Vaccination returns of the Province of Eastern Bengal and Assam - 1905-1912
Year: 1905
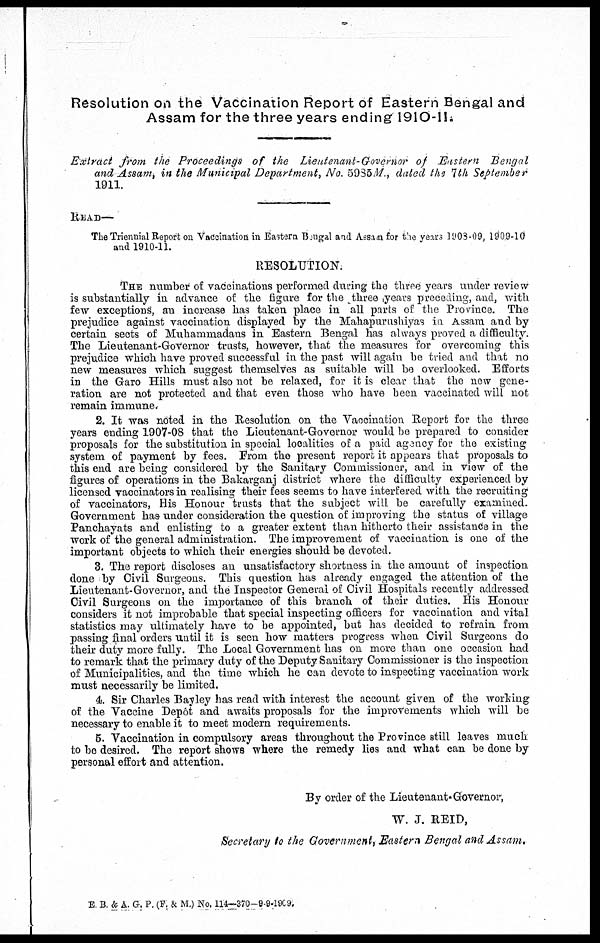
Resolution on the Vaccination Report of Eastern Bengal and
Assam for the three years ending 1910-11.
Extract from the Proceedings of the Lieutenant-Governor of Eastern Bengal
and Assam, in the Municipal Department, No. 5935M., dated the 7th September
1911.
READ—
The Triennial Report on Vaccination in Eastern Bengal and Assam for the years 1909-09, 1909-10
and 1910-11.
RESOLUTION.
THE number of vaccinations performed during the three years under review
is substantially in advance of the figure for the three years preceding, and, with
few exceptions, an increase has taken place in all parts of the Province. The
prejudice against vaccination displayed by the Mahapurushiyas in Assam and by
certain sects of Muhammadans in Eastern Bengal has always proved a difficulty.
The Lieutenant-Governor trusts, however, that the measures for overcoming this
prejudice which have proved successful in the past will again be tried and that no
new measures which suggest themselves as suitable will be overlooked. Efforts
in the Garo Hills must also not be relaxed, for it is clear that the new gene-
ration are not protected and that even those who have been vaccinated will not
remain immune.
2. It was noted in the Resolution on the Vaccination Report for the three
years ending 1907-08 that the Lieutenant-Governor would be prepared to consider
proposals for the substitution in special localities of a paid agency for the existing
system of payment by fees. From the present report it appears that proposals to
this end are being considered by the Sanitary Commissioner, and in view of the
figures of operations in the Bakarganj district where the difficulty experienced by
licensed vaccinators in realising their fees seems to have interfered with the recruiting
of vaccinators, His Honour trusts that the subject will be carefully examined.
Government has under consideration the question of improving the status of village
Panchayats and enlisting to a greater extent than hitherto their assistance in the
work of the general administration. The improvement of vaccination is one of the
important objects to which their energies should be devoted.
3. The report discloses an unsatisfactory shortness in the amount of inspection
done by Civil Surgeons. This question has already engaged the attention of the
Lieutenant-Governor, and the Inspector General of Civil Hospitals recently addressed
Civil Surgeons on the importance of this branch of their duties. His Honour
considers it not improbable that special inspecting officers for vaccination and vital
statistics may ultimately have to be appointed, but has decided to refrain from
passing final orders until it is seen how matters progress when Civil Surgeons do
their duty more fully. The Local Government has on more than one occasion had
to remark that the primary duty of the Deputy Sanitary Commissioner is the inspection
of Municipalities, and the time which he can devote to inspecting vaccination work
must necessarily be limited.
4. Sir Charles Bayley has read with interest the account given of the working
of the Vaccine Depôt and awaits proposals for the improvements which will be
necessary to enable it to meet modern requirements.
5. Vaccination in compulsory areas throughout the Province still leaves much
to be desired. The report shows where the remedy lies and what can be done by
personal effort and attention.
By order of the Lieutenant-Governor,
W. J. REID,
Secretary to the Government, Eastern Bengal and Assam.
E. B. & A. G. P. (F. & M.) No, 114—370—9-9-1909.